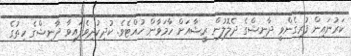
ކަރުނައިން ފުރިގެންވީ ދާނިޝްގެ ދެލޮލުން ރީޝާއަށް ހާމަވާން ހުއްޓެވެ. ކުދިކުދިވެފައިވާ ދާނިޝްގެ ހިތުގެ